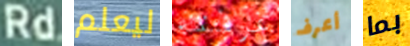
Rd ليعلم غرفته أعرف بما